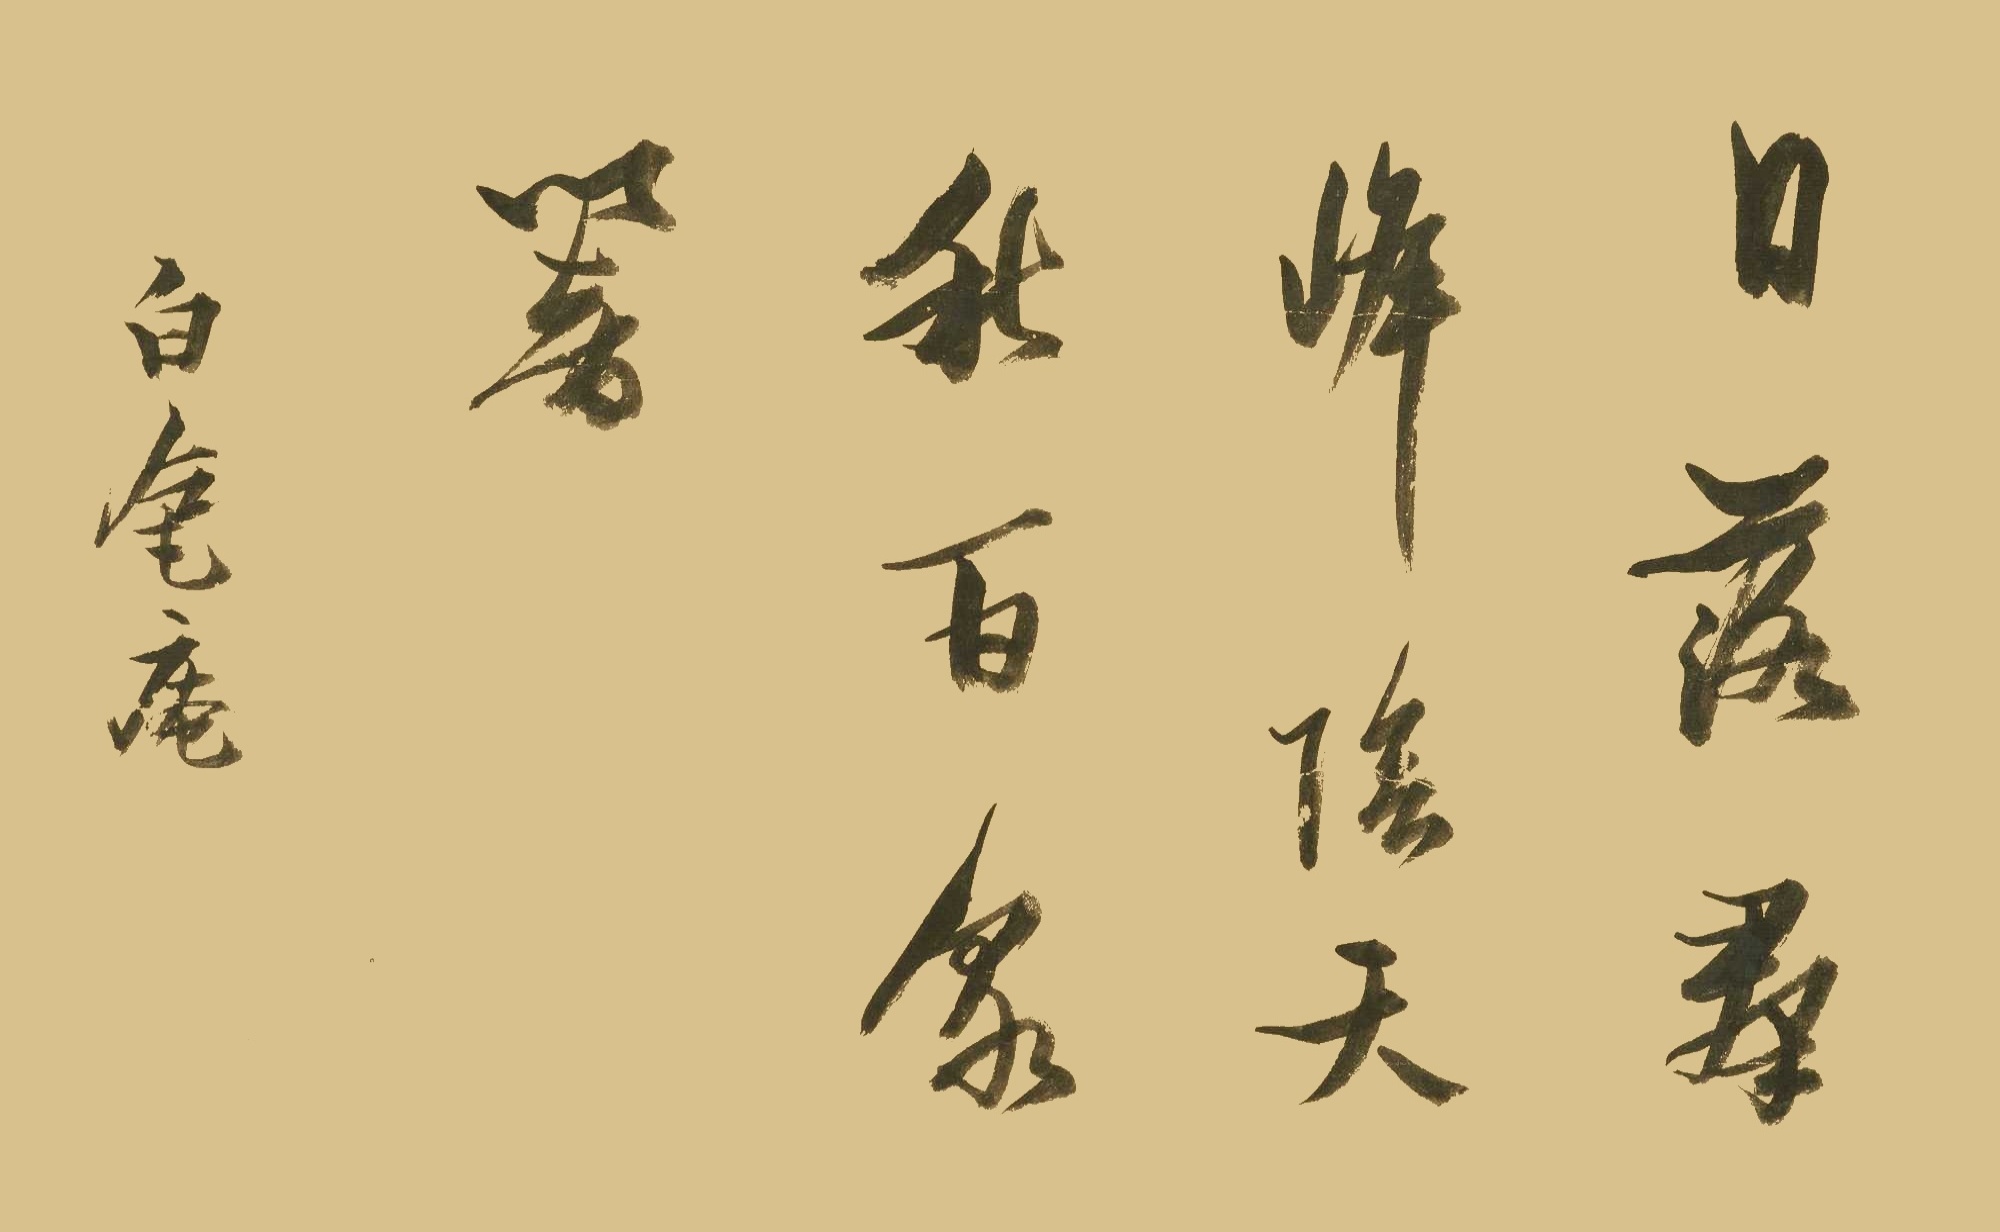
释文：日落群峰阴，天秋百泉暗。白毫庵。